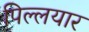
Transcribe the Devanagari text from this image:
पिल्लयार